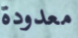
معدودة